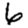
Digit: 6